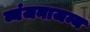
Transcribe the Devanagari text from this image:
व्यंजनाजन्य